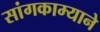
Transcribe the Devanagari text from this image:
सांगकाम्याने